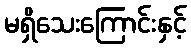
မရှိသေးကြောင်းနှင့်